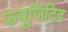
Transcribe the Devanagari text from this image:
फयूजिटिव